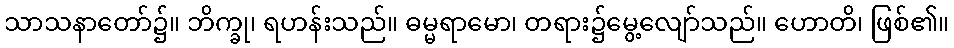
သာသနာတော်၌။ ဘိက္ခု၊ ရဟန်းသည်။ ဓမ္မရာမော၊ တရား၌မွေ့လျော်သည်။ ဟောတိ၊ ဖြစ်၏။